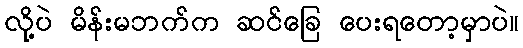
လို့ပဲ မိန်းမဘက်က ဆင်ခြေ ပေးရတော့မှာပဲ။